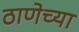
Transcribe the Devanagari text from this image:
ठाणेच्‍या